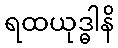
ရထယုဒ္ဓါနိ